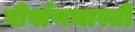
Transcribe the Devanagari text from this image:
गीर्वाणभारती